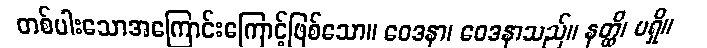
တစ်ပါးသောအကြောင်းကြောင့်ဖြစ်သော။ ဝေဒနာ၊ ဝေဒနာသည်။ နတ္ထိ၊ မရှိ။